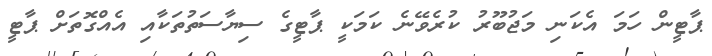
ޕާޓީން ހަމަ އެކަނި މަޖުބޫރު ކުރެވޭނެ ކަމަކީ ޕާޓީގެ ސިޔާސަތުތަކާއި އެއްގޮތަށް ޕާޓީ